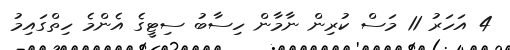
4 އަހަރު 11 މަސް ކުރިން ނާމާން ހިސާބު ސިޓީގެ އެންމެ ހިތްގައިމު